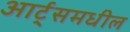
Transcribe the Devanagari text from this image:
आर्ट्‌समधील